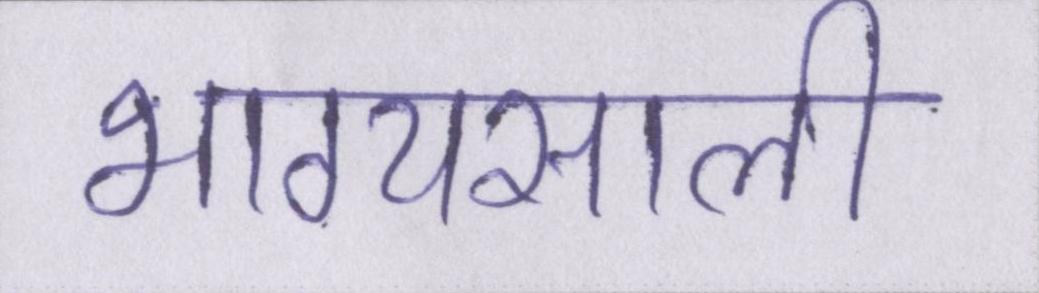
भाग्यसाली